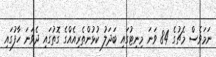
ނަމަވެސް މެޗުގެ 84 ވަނަ މިނިޓުގައި ބަދަލު ކުޅުންތެރިއެއްގެ ގޮތުގައި ދެވަނަ ހާފުގައި